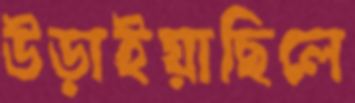
উড়াইয়াছিলে